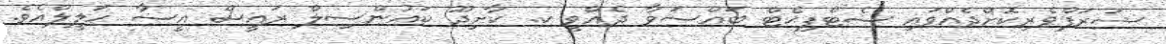
ޝަރަފްވެރިކޮށްދެއްވައި ސެޓްފިކެޓް ބައްސަވާ ދެއްވީ ކ. ކާށިދޫ ކައުންސިލް ރައީސް އީސާ ޙަލީލްއެވެ.